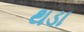
થડા